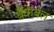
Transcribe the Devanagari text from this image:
बैंकेबल